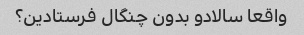
واقعا سالادو بدون چنگال فرستادین؟